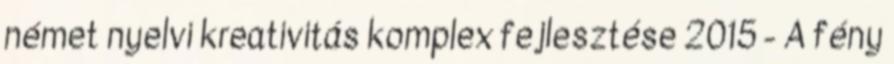
német nyelvi kreativitás komplex fejlesztése 2015 - A fény